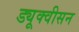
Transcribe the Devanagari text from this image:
ड्यूक्वीसन